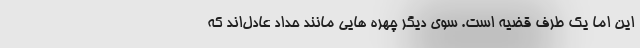
این اما یک طرف قضیه است. سوی دیگر چهره هایی مانند حداد عادل‌اند که